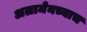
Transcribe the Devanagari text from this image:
अलामेनच्याच